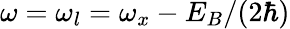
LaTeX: {\omega=\omega_{l}=\omega_{x}-E_{B}/(2\hbar)}